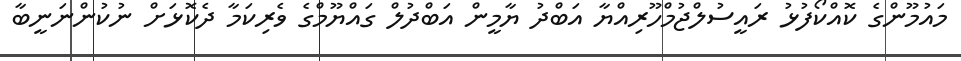
މައުމޫންގެ ކޮއްކޯފުޅު ރައީސުލްޖުމްހޫރިއްޔާ އަބްދު ޔާމީން އަބްދުލް ގައްޔޫމްގެ ވެރިކަމާ ދެކޮޅަށް ނުކުންނަނީބާ